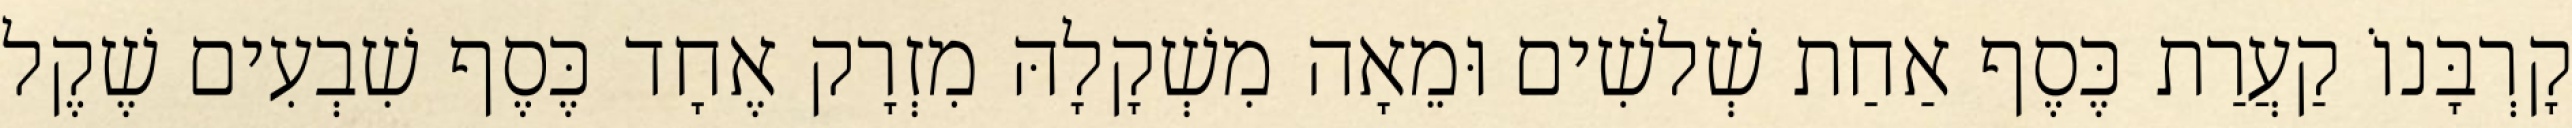
קָרְבָּנוֹ קַעֲרַת כֶּסֶף אַחַת שְׁלשִׁים וּמֵאָה מִשְׁקָלָהּ מִזְרָק אֶחָד כֶּסֶף שִׁבְעִים שֶׁקֶל